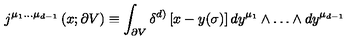
j ^ { \mu _ { 1 } \dots \mu _ { d - 1 } } \left( x ; \partial V \right) \equiv \int _ { \partial V } \delta ^ { d ) } \left[ x - y ( \sigma ) \right] d y ^ { \mu _ { 1 } } \wedge \dots \wedge d y ^ { \mu _ { d - 1 } }